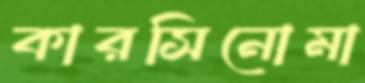
কারসিনোমা